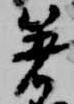
箸